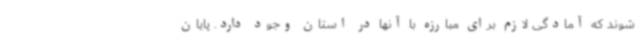
شوند که آمادگی لازم برای مبارزه با آنها در استان وجود دارد. پایان